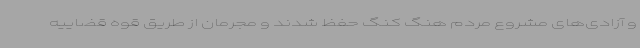
و آزادی‌های مشروع مردم هنگ کنگ حفظ شدند و مجرمان از طریق قوه قضاییه